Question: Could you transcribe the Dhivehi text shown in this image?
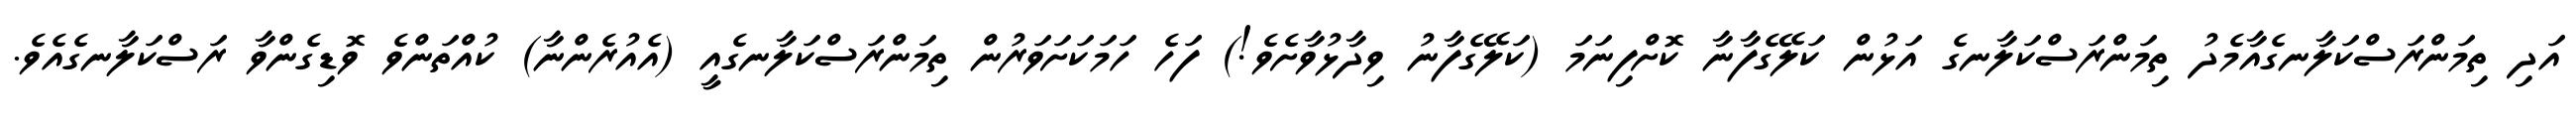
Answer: އަދި ތިމަންރަސްކަލާނގެއާމެދު ތިމަންރަސްކަލާނގެ އަޅުން ކަލޭގެފާނާ ކޮށްފިނަމަ (ކަލޭގެފާނު ވިދާޅުވާށެވެ!) ފަހެ ހަމަކަށަވަރުން ތިމަންރަސްކަލާނގެއީ (އެއުރެންނާ) ކުއްތަންވެ ވޮޑިގެންވާ ރަސްކަލާނގެއެވެ.